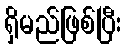
ရှိမည်ဖြစ်ပြီး